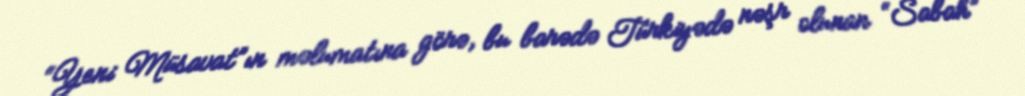
“Yeni Müsavat”ın məlumatına görə, bu barədə Türkiyədə nəşr olunan “Sabah”